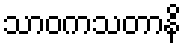
သာဝကသတာနိ